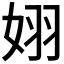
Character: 𪥵